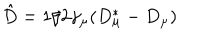
LaTeX: \hat { D } = 1 / 2 \gamma _ { \mu } ( D _ { \mu } ^ { * } - D _ { \mu } )